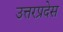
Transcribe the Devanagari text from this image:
उत्तरप्रदेस